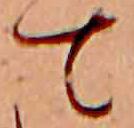
て